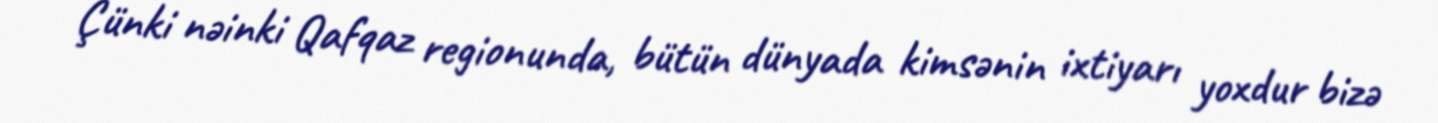
Çünki nəinki Qafqaz regionunda, bütün dünyada kimsənin ixtiyarı yoxdur bizə